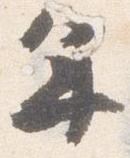
年